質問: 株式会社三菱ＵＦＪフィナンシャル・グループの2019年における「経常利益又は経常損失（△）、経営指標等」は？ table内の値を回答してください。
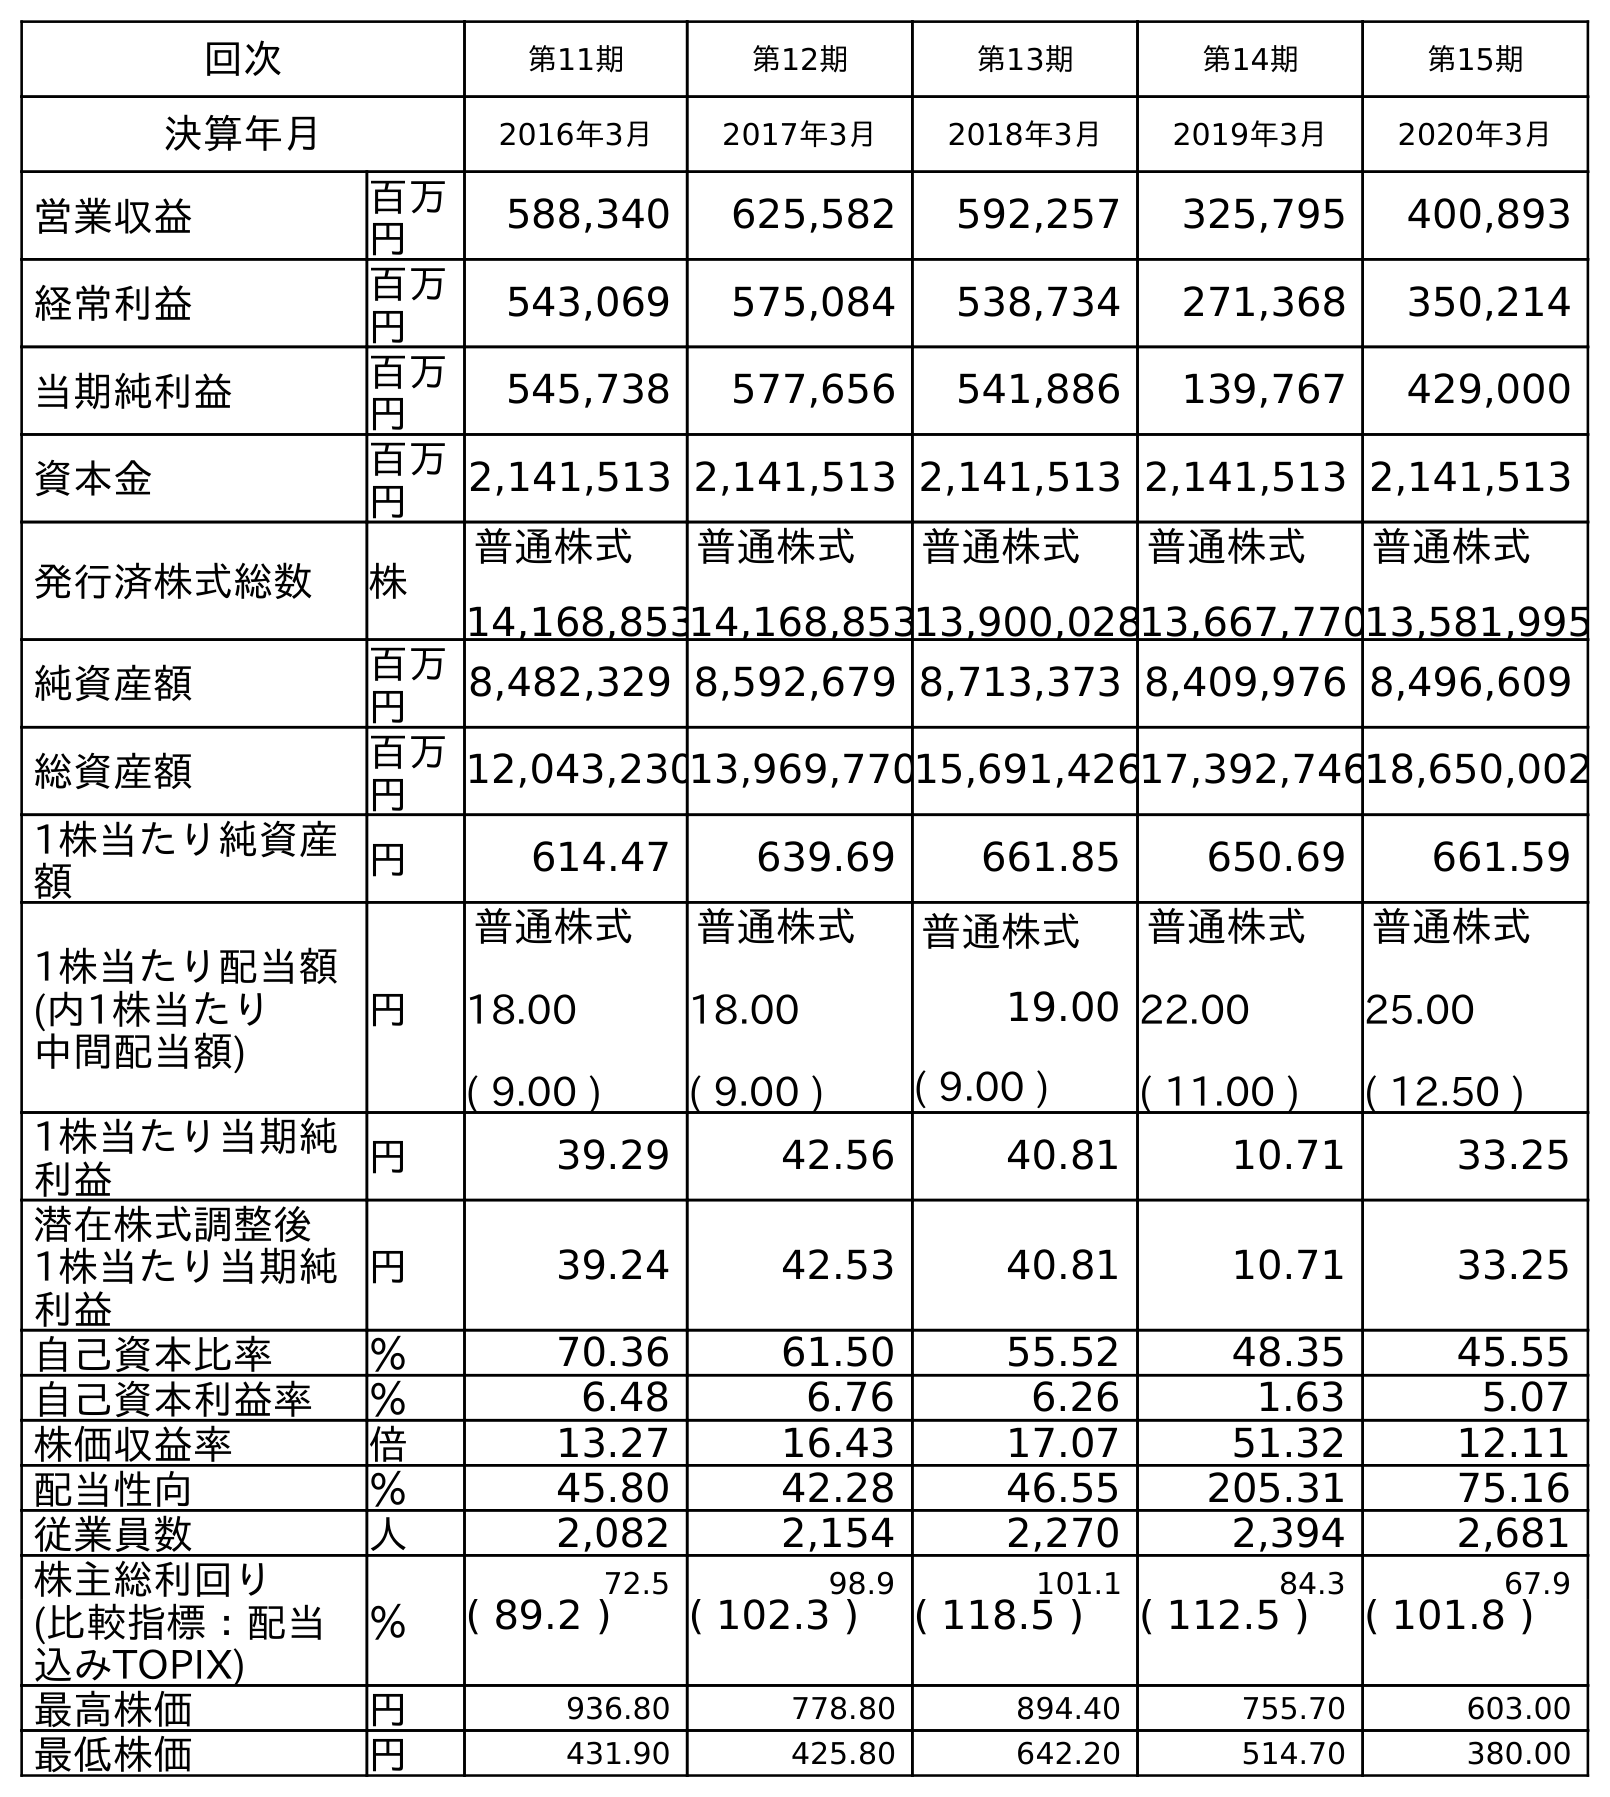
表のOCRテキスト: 回次 第11期 第12期 第13期 第14期 第15期 決算年月 2016年3月 2017年3月 2018年3月 2019年3月 2020年3月 営業収益 百万 円 588,340 625,582 592,257 325,795 400,893 経常利益 百万 円 543,069 575,084 538,734 271,368 350,214 当期純利益 百万 円 545,738 577,656 541,886 139,767 429,000 資本金 百万 円 2,141,513 2,141,513 2,141,513 2,141,513 2,141,513 発行済株式総数 株 普通株式 14,168,853 普通株式 14,168,853 普通株式 13,900,028 普通株式 13,667,770 普通株式 13,581,995 純資産額 百万 円 8,482,329 8,592,679 8,713,373 8,409,976 8,496,609 総資産額 百万 円 12,043,23013,969,77015,691,42617,392,74618,650,002 1株当たり純資産 額 円 614.47 639.69 661.85 650.69 661.59 1株当たり配当額 (内1株当たり 中間配当額) 円 普通株式 18.00 ( 9.00 ) 普通株式 18.00 ( 9.00 ) 普通株式 19.00 ( 9.00 ) 普通株式 22.00 ( 11.00 ) 普通株式 25.00 ( 12.50 ) 1株当たり当期純 利益 円 39.29 42.56 40.81 10.71 33.25 潜在株式調整後 1株当たり当期純 利益 円 39.24 42.53 40.81 10.71 33.25 自己資本比率 ％ 70.36 61.50 55.52 48.35 45.55 自己資本利益率 ％ 6.48 6.76 6.26 1.63 5.07 株価収益率 倍 13.27 16.43 17.07 51.32 12.11 配当性向 ％ 45.80 42.28 46.55 205.31 75.16 従業員数 人 2,082 2,154 2,270 2,394 2,681 株主総利回り ％ 72.5 98.9 101.1 84.3 67.9 (比較指標：配当 込みTOPIX) ( 89.2 ) ( 102.3 ) ( 118.5 ) ( 112.5 ) ( 101.8 ) 最高株価 円 936.80 778.80 894.40 755.70 603.00 最低株価 円 431.90 425.80 642.20 514.70 380.00
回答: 271,368